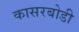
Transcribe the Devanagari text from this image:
कासरबोडी